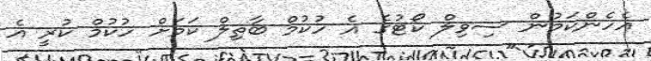
އެހެންކަމުން ސިވިލް ކޯޓުގެ އެ ހުކުމް ބާތިލް ކަމަށް ހުކުމް ކުރީ އެ